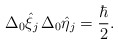
\begin{align*} \Delta_{0}\hat{\xi}_{j}\, \Delta_{0}\hat{\eta}_{j} = \frac{\hbar}{2}. \end{align*}